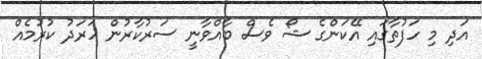
އަދި މި ހަފުތާގައި އޭކަންގެ ޝޯ ވެސް ބާއްވާނީ ސަރުކާރުން ހަރަދު ކުރުމެއް